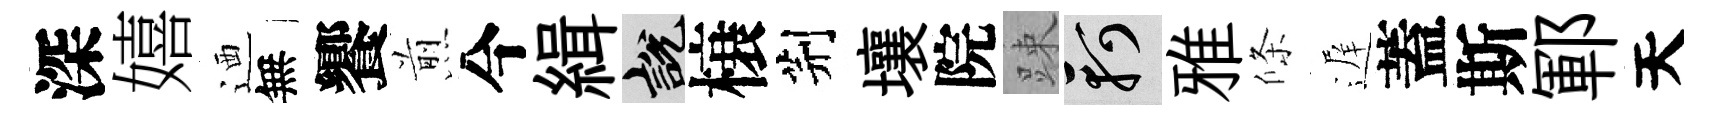
深嬉迺無饗煎今緝説榱荆壤院踈軻雅條遅蓋斯鄆天